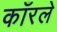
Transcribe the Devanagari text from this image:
काँरले